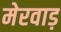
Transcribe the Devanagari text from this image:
मेरवाड़